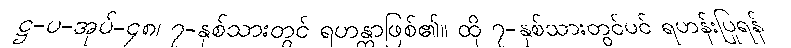
ဋ္ဌ-ပ-အုပ်-၄၈၊ ၇-နှစ်သားတွင် ရဟန္တာဖြစ်၏။ ထို ၇-နှစ်သားတွင်ပင် ရဟန်းပြုရန်